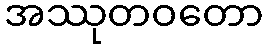
အဿုတဝတော